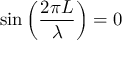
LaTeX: \sin \left( { \frac { 2 \pi L } { \lambda } } \right) = 0